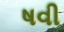
ષવી